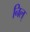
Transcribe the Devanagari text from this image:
निल्